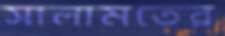
সালামতের